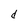
Character: d